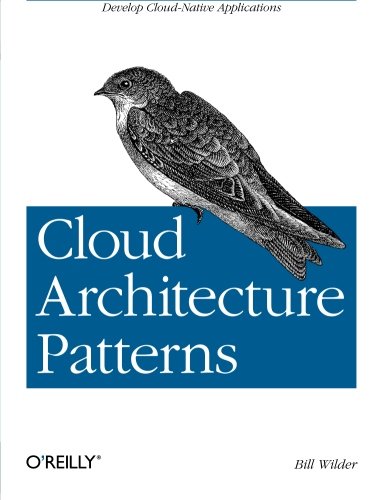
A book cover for Cloud Architecture Patterns: Using Microsoft Azure; Bill Wilder; Computers & Technology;